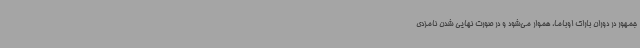
جمهور در دوران باراک اوباما، هموار می‌شود و در صورت نهایی شدن نامزدی